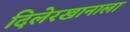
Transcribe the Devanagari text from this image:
दिलेरखानाला